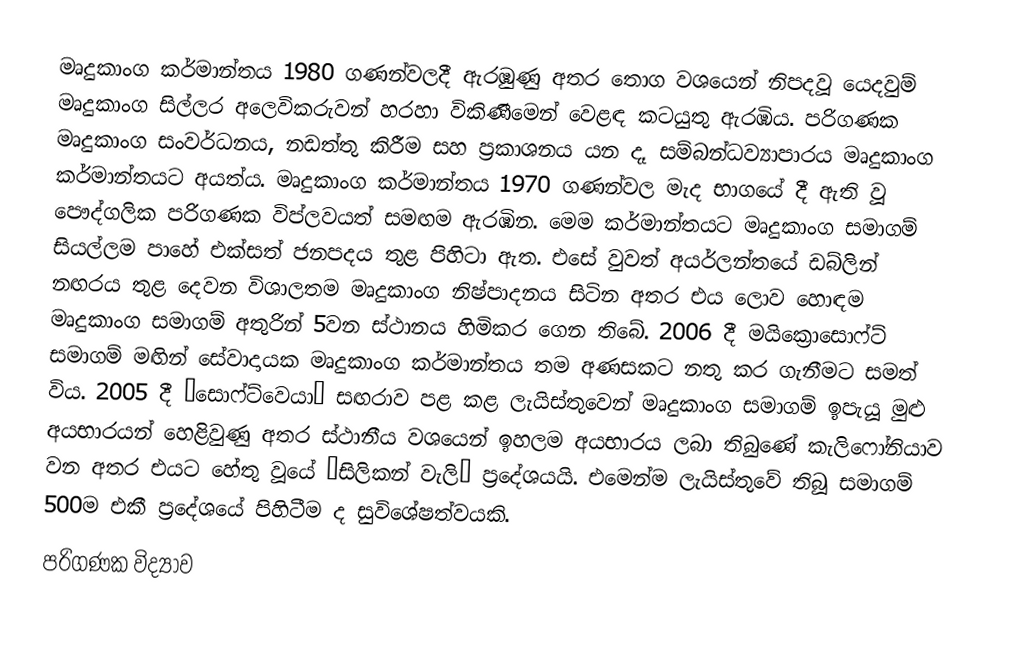
මෘදුකාංග කර්මාන්තය 1980 ගණන්වලදී ඇරඹුණු අතර තොග වශයෙන් නිපදවූ යෙදවුම් මෘදුකාංග සිල්ලර අලෙවිකරුවන් හරහා විකිණීමෙන් වෙළඳ කටයුතු ඇරඹිය. පරිගණක මෘදුකාංග සංවර්ධනය, නඩත්තු කිරීම සහ ප්‍රකාශනය යන දෑ සම්බන්ධ‍ව්‍යාපාරය මෘදුකාංග කර්මාන්තයට අයත්ය. මෘදුකාංග කර්මාන්තය 1970 ගණන්වල මැද භාගයේ දී ඇති වූ පෞද්ගලික පරිගණක විප්ලවයත් සමඟම ඇරඹින. මෙම කර්මාන්තයට මෘදුකාංග සමාගම් සියල්ලම පාහේ එක්සත් ජනපදය තුළ පිහිටා ඇත. එසේ වුවත් අයර්ලන්තයේ ඩබ්ලින් නඟරය තුළ දෙවන විශාලතම මෘදුකාංග නිෂ්පාදනය සිටින අතර එය ලොව හොඳම මෘදුකාංග සමාගම් අතුරින් 5වන ස්ථානය හිමිකර ගෙන තිබේ. 2006  දී මයික්‍රොසොෆ්ට් සමාගම් මඟින් සේවාදායක මෘදුකාංග කර්මාන්තය තම අණසකට නතු කර ගැනීමට සමත් විය. 2005 දී “සොෆ්ට්වෙයා” සඟරාව පළ කළ ලැයිස්තුවෙන් මෘදුකාංග සමාගම් ඉපැයූ මුළු අයභාරයන් හෙළිවුණු අතර ස්ථානීය වශයෙන් ඉහලම අයභාරය ලබා තිබුණේ කැලිෆෝනියාව වන අතර එයට හේතු වූයේ “සිලිකන් වැලි” ප්‍රදේශයයි. එමෙන්ම ලැයිස්තුවේ තිබූ සමාගම් 500ම එකී ප්‍රදේශයේ පිහිටීම ද සුවිශේෂත්වයකි.
පරිගණක විද්‍යාව